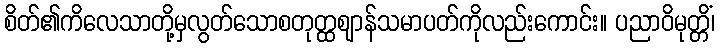
စိတ်၏ကိလေသာတို့မှလွတ်သောစတုတ္ထဈာန်သမာပတ်ကိုလည်းကောင်း။ ပညာဝိမုတ္တိံ၊